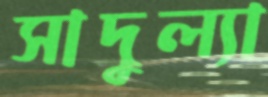
সাদুল্যা